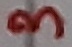
Text: 3